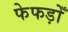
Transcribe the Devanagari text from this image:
फेफड़ोँ